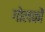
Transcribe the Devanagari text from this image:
गोलकों